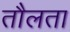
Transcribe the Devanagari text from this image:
तौलता